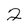
Character: 2